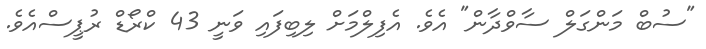
"ސުބް މަންގަލް ސާވްދާން" އެވެ. އެފިލްމަށް ލިބިފައި ވަނީ 43 ކްރޯޑް ރުޕީސްއެވެ.